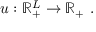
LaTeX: u : \mathbb { R } _ { + } ^ { L } \rightarrow \mathbb { R } _ { + } \ .